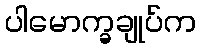
ပါမောက္ခချုပ်က